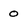
Character: o